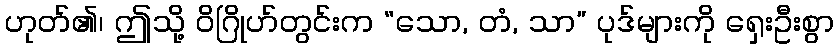
ဟုတ်၏၊ ဤသို့ ဝိဂြိုဟ်တွင်းက “သော, တံ, သာ” ပုဒ်များကို ရှေးဦးစွာ